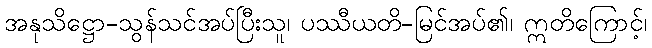
အနုသိဋ္ဌော-သွန်သင်အပ်ပြီးသူ၊ ပဿီယတိ-မြင်အပ်၏၊ ဣတိကြောင့်၊